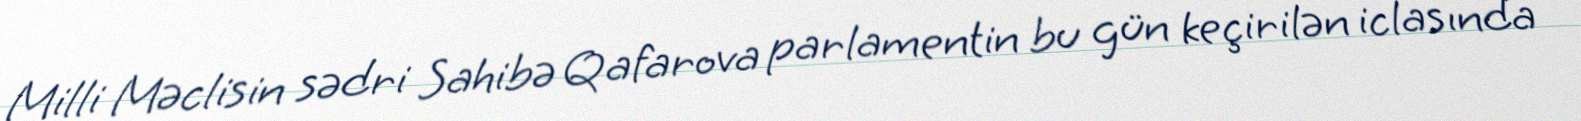
Milli Məclisin sədri Sahibə Qafarova parlamentin bu gün keçirilən iclasında